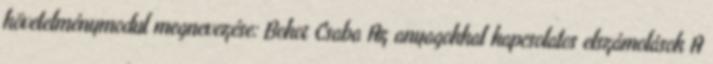
követelménymodul megnevezése: Bokor Csaba Az anyagokkal kapcsolatos elszámolások A